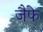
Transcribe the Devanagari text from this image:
जैफे